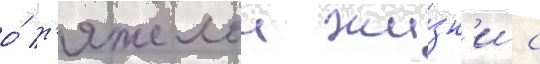
о́ т'яжелои жи́зн'и с